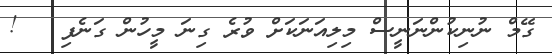
ގޭމް ނުނިކުންނަނީސް މިލިއަނަކަށް ވުރެ ގިނަ މީހުން ގަނެފި   !